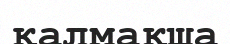
қалмақша